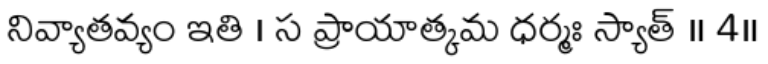
నివ్యాతవ్యం ఇతి । స ప్రాయాత్కమ ధర్మః స్యాత్ ॥ 4॥